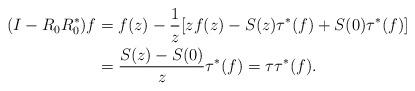
LaTeX: \begin{align*} (I - R_{0} R_{0}^{*})f &=f(z) - \frac{1}{z} [ z f(z) - S(z) \tau^{*}(f) + S(0) \tau^{*}(f) ] \\ & = \frac{S(z) - S(0)}{z} \tau^{*}(f) = \tau \tau^{*}(f). \end{align*}